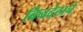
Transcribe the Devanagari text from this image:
बिनदेठाचे